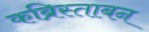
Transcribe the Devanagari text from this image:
कब्रिस्ताबन